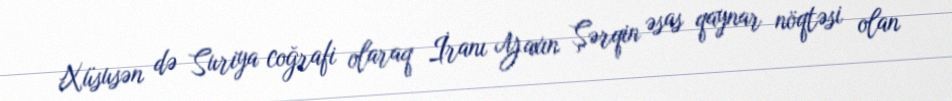
Xüsusən də Suriya coğrafi olaraq İranı Yaxın Şərqin əsas qaynar nöqtəsi olan